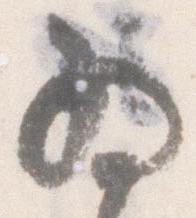
為